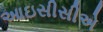
આઇસીસીએ